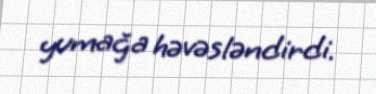
yumağa həvəsləndirdi.